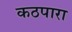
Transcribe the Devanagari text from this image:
कठपारा